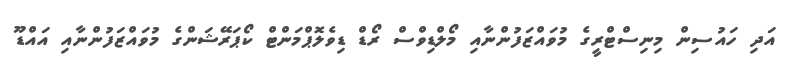
އަދި ހައުސިން މިނިސްޓްރީގެ މުވައްޒަފުންނާއި މޯލްޑިވްސް ރޯޑް ޑިވެލޮޕްމަންޓް ކޯޕަރޭޝަންގެ މުވައްޒަފުންނާއި އައްޑޫ